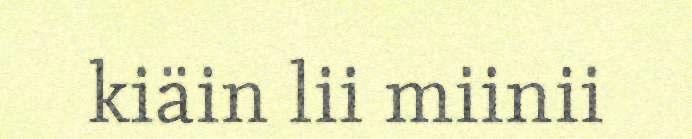
kiäin lii miinii